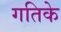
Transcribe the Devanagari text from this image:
गतिके